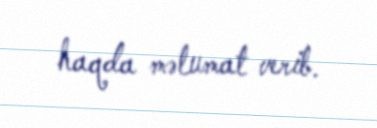
haqda məlumat verib.